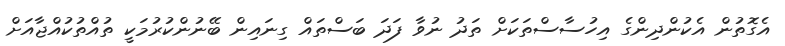
އެގޮތުން އެކުންދިންގެ އިހުސާސްތަކަށް ތަދު ނުވާ ފަދަ ބަސްތައް ގިނައިން ބޭނުންކުރުމަކީ ތުއްތުކުއްޖާއަށް